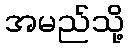
အမည်သို့